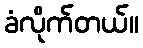
ခံလိုက်တယ်။